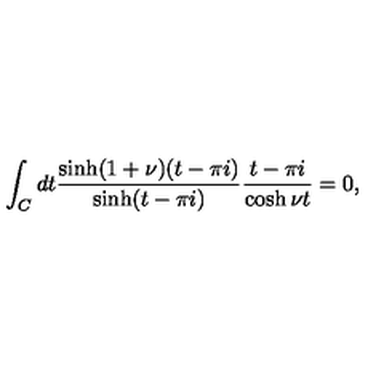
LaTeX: \int _ { C } d t \frac { \sinh ( 1 + \nu ) ( t - \pi i ) } { \sinh ( t - \pi i ) } \frac { t - \pi i } { \cosh \nu t } = 0 ,